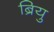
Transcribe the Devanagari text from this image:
ब्रियु